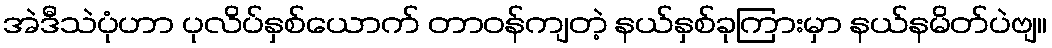
အဲဒီသဲပုံဟာ ပုလိပ်နှစ်ယောက် တာဝန်ကျတဲ့ နယ်နှစ်ခုကြားမှာ နယ်နမိတ်ပဲဗျ။